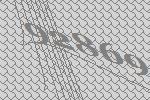
92869